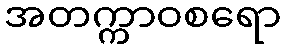
အတက္ကာဝစရော